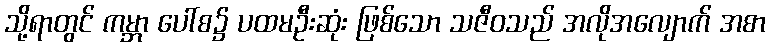
သို့ရာတွင် ကမ္ဘာ ပေါ်စ၌ ပထမဦးဆုံး ဖြစ်သော သဇီဝသည် အလိုအလျောက် အစာ